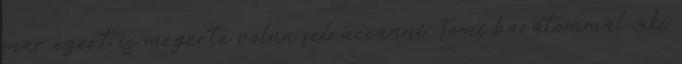
már ezért is megérte volna felruccanni. Tomi barátommal, aki